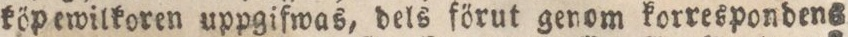
köpewilkoren uppgifwas, dels förut genom korrespondens